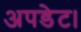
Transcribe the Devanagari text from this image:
अपडेट।